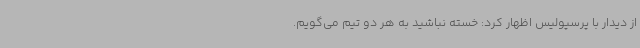
از دیدار با پرسپولیس اظهار کرد: خسته نباشید به هر دو تیم می‌گویم.